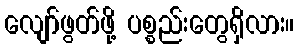
လျော်ဖွတ်ဖို့ ပစ္စည်းတွေရှိလား။